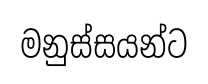
මනුස්සයන්ට